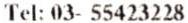
TEL: 03- 55423228